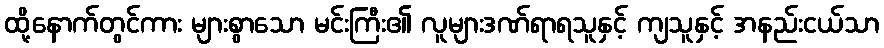
ထို့နောက်တွင်ကား များစွာသော မင်းကြီး၏ လူများဒဏ်ရာရသူနှင့် ကျသူနှင့် အနည်းငယ်သာ